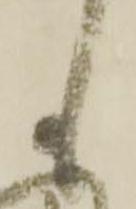
も